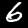
Digit: 6